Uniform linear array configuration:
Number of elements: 16
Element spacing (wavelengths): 1
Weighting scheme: uniform
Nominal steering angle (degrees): -60
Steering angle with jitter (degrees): -59.407
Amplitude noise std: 0.05
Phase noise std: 0.05

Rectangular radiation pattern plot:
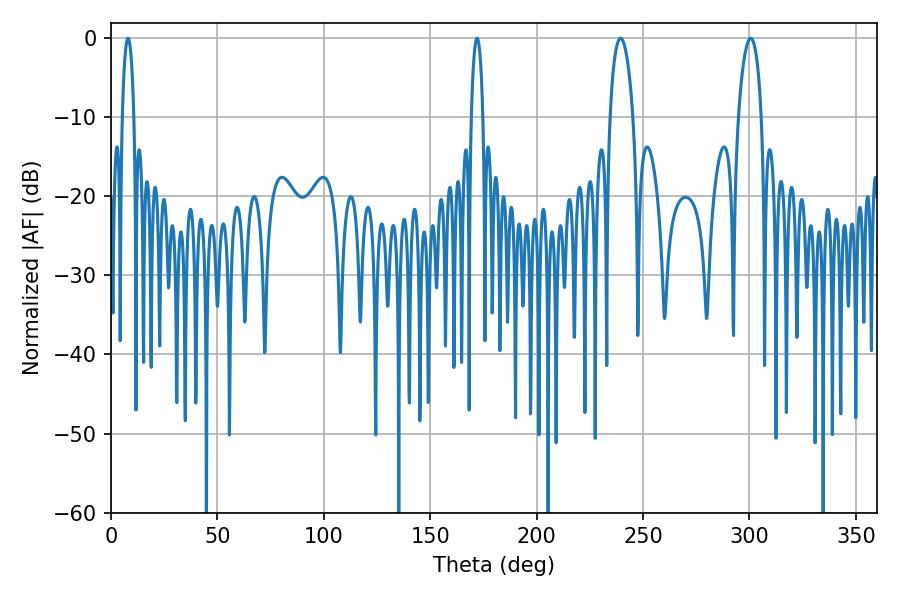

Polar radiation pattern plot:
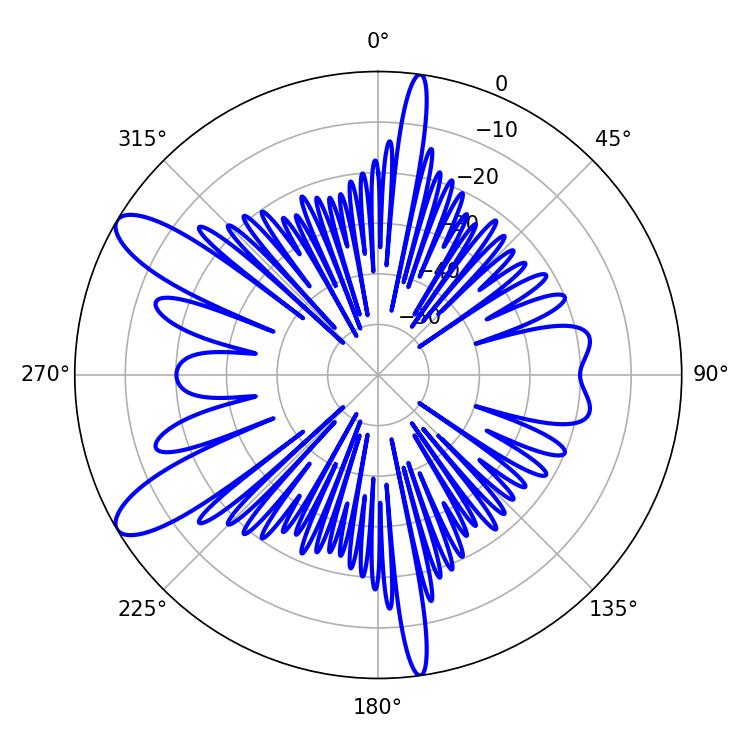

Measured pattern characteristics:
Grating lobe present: TRUE
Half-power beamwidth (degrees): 6.12
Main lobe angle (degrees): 239.4